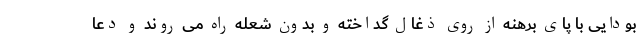
بودایی با پای برهنه از روی ذغال گداخته و بدون شعله راه می روند و دعا